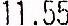
11.55